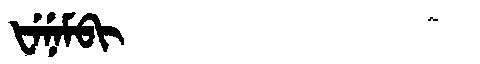
Manchu: ᡶᡝᠨᡝᠮᠪᡳ
Romanization: FENEMBI